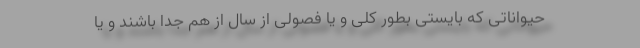
حیواناتی که بایستی بطور کلی و یا فصولی از سال از هم جدا باشند و یا